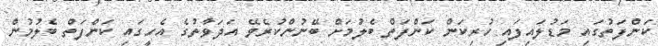
ކަންފަތުގައި މަޑުލައިފައި ހުރިކަން ކަންފަތް ބެލުމަށް ބޭނުންކުރެވޭ އަދަވާތުގެ އެހީގައި ކަންފަތް ބެލުމުން